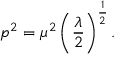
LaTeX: p ^ { 2 } = \mu ^ { 2 } \left( { \frac { \lambda } { 2 } } \right) ^ { \frac { 1 } { 2 } } .